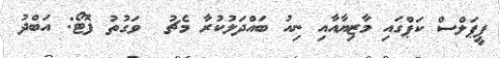
ޕީޕަލްސް ކަޕްގައި މާޒިޔާއާއި ނިއު ބައްދަލުކުރާ މެޗު  ވަގުތު ފޮޓޯ: އަބްދު